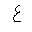
Letter: _ayn